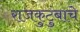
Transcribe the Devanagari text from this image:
राजकुटुंबाचे